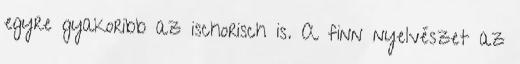
egyre gyakoribb az ischorisch is. A finn nyelvészet az